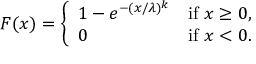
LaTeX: F ( x ) = { \left\{ \begin{array} { l l } { 1 - e ^ { - ( x / \lambda ) ^ { k } } } & { { \mathrm { i f ~ } } x \geq 0 , } \\ { 0 } & { { \mathrm { i f ~ } } x < 0 . } \end{array} \right. }